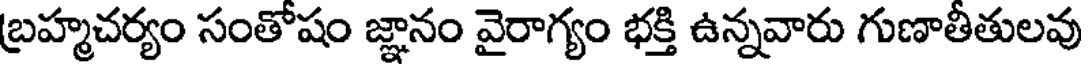
బ్రహ్మచర్యం సంతోషం జ్ఞానం వైరాగ్యం భక్తి ఉన్నవారు గుణాతీతులవు